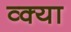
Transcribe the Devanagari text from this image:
व्क्या